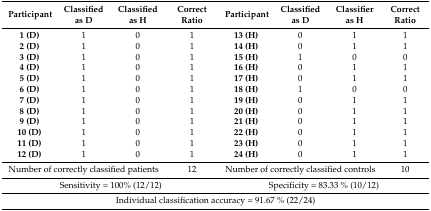
<table><thead><tr><td><b>Participant</b></td><td><b>Classified as D</b></td><td><b>Classified as H</b></td><td><b>Correct Ratio</b></td><td><b>Participant</b></td><td><b>Classified as D</b></td><td><b>Classifier as H</b></td><td><b>Correct Ratio</b></td></tr></thead><tbody><tr><td><b>1 (D)</b></td><td>1</td><td>0</td><td>1</td><td><b>13 (H)</b></td><td>0</td><td>1</td><td>1</td></tr><tr><td><b>2 (D)</b></td><td>1</td><td>0</td><td>1</td><td><b>14 (H)</b></td><td>0</td><td>1</td><td>1</td></tr><tr><td><b>3 (D)</b></td><td>1</td><td>0</td><td>1</td><td><b>15 (H)</b></td><td>1</td><td>0</td><td>0</td></tr><tr><td><b>4 (D)</b></td><td>1</td><td>0</td><td>1</td><td><b>16 (H)</b></td><td>0</td><td>1</td><td>1</td></tr><tr><td><b>5 (D)</b></td><td>1</td><td>0</td><td>1</td><td><b>17 (H)</b></td><td>0</td><td>1</td><td>1</td></tr><tr><td><b>6 (D)</b></td><td>1</td><td>0</td><td>1</td><td><b>18 (H)</b></td><td>1</td><td>0</td><td>0</td></tr><tr><td><b>7 (D)</b></td><td>1</td><td>0</td><td>1</td><td><b>19 (H)</b></td><td>0</td><td>1</td><td>1</td></tr><tr><td><b>8 (D)</b></td><td>1</td><td>0</td><td>1</td><td><b>20 (H)</b></td><td>0</td><td>1</td><td>1</td></tr><tr><td><b>9 (D)</b></td><td>1</td><td>0</td><td>1</td><td><b>21 (H)</b></td><td>0</td><td>1</td><td>1</td></tr><tr><td><b>10 (D)</b></td><td>1</td><td>0</td><td>1</td><td><b>22 (H)</b></td><td>0</td><td>1</td><td>1</td></tr><tr><td><b>11 (D)</b></td><td>1</td><td>0</td><td>1</td><td><b>23 (H)</b></td><td>0</td><td>1</td><td>1</td></tr><tr><td><b>12 (D)</b></td><td>1</td><td>0</td><td>1</td><td><b>24 (H)</b></td><td>0</td><td>1</td><td>1</td></tr><tr><td colspan="3">Number of correctly classified patients</td><td>12</td><td colspan="3">Number of correctly classified controls</td><td>10</td></tr><tr><td colspan="4">Sensitivity = 100% (12/12)</td><td colspan="4">Specificity = 83.33 % (10/12)</td></tr><tr><td colspan="8">Individual classification accuracy = 91.67 % (22/24)</td></tr></tbody></table>